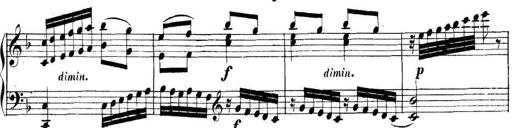
Title: Collected Piano Sonatas
Composer: Muzio Clementi